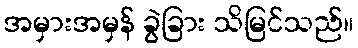
အမှားအမှန် ခွဲခြား သိမြင်သည်။